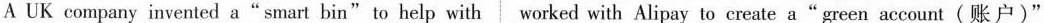
A UK company invented a"smart bin"to help with worked with Alipay to create a" green account(账户)"